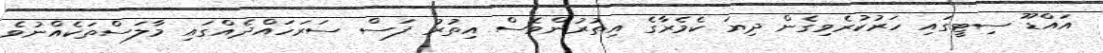
އައްޑޫ ސިޓީގައި ހަރުކުރެވިގެން ދިޔަ ކެމެރާގެ އިތުރުންވެސް އިތުރު ފަސް ސަރަހައްދެއްގައި މާލަސްތަކެއްނުވެ